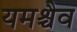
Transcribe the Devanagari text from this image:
यमश्चैव